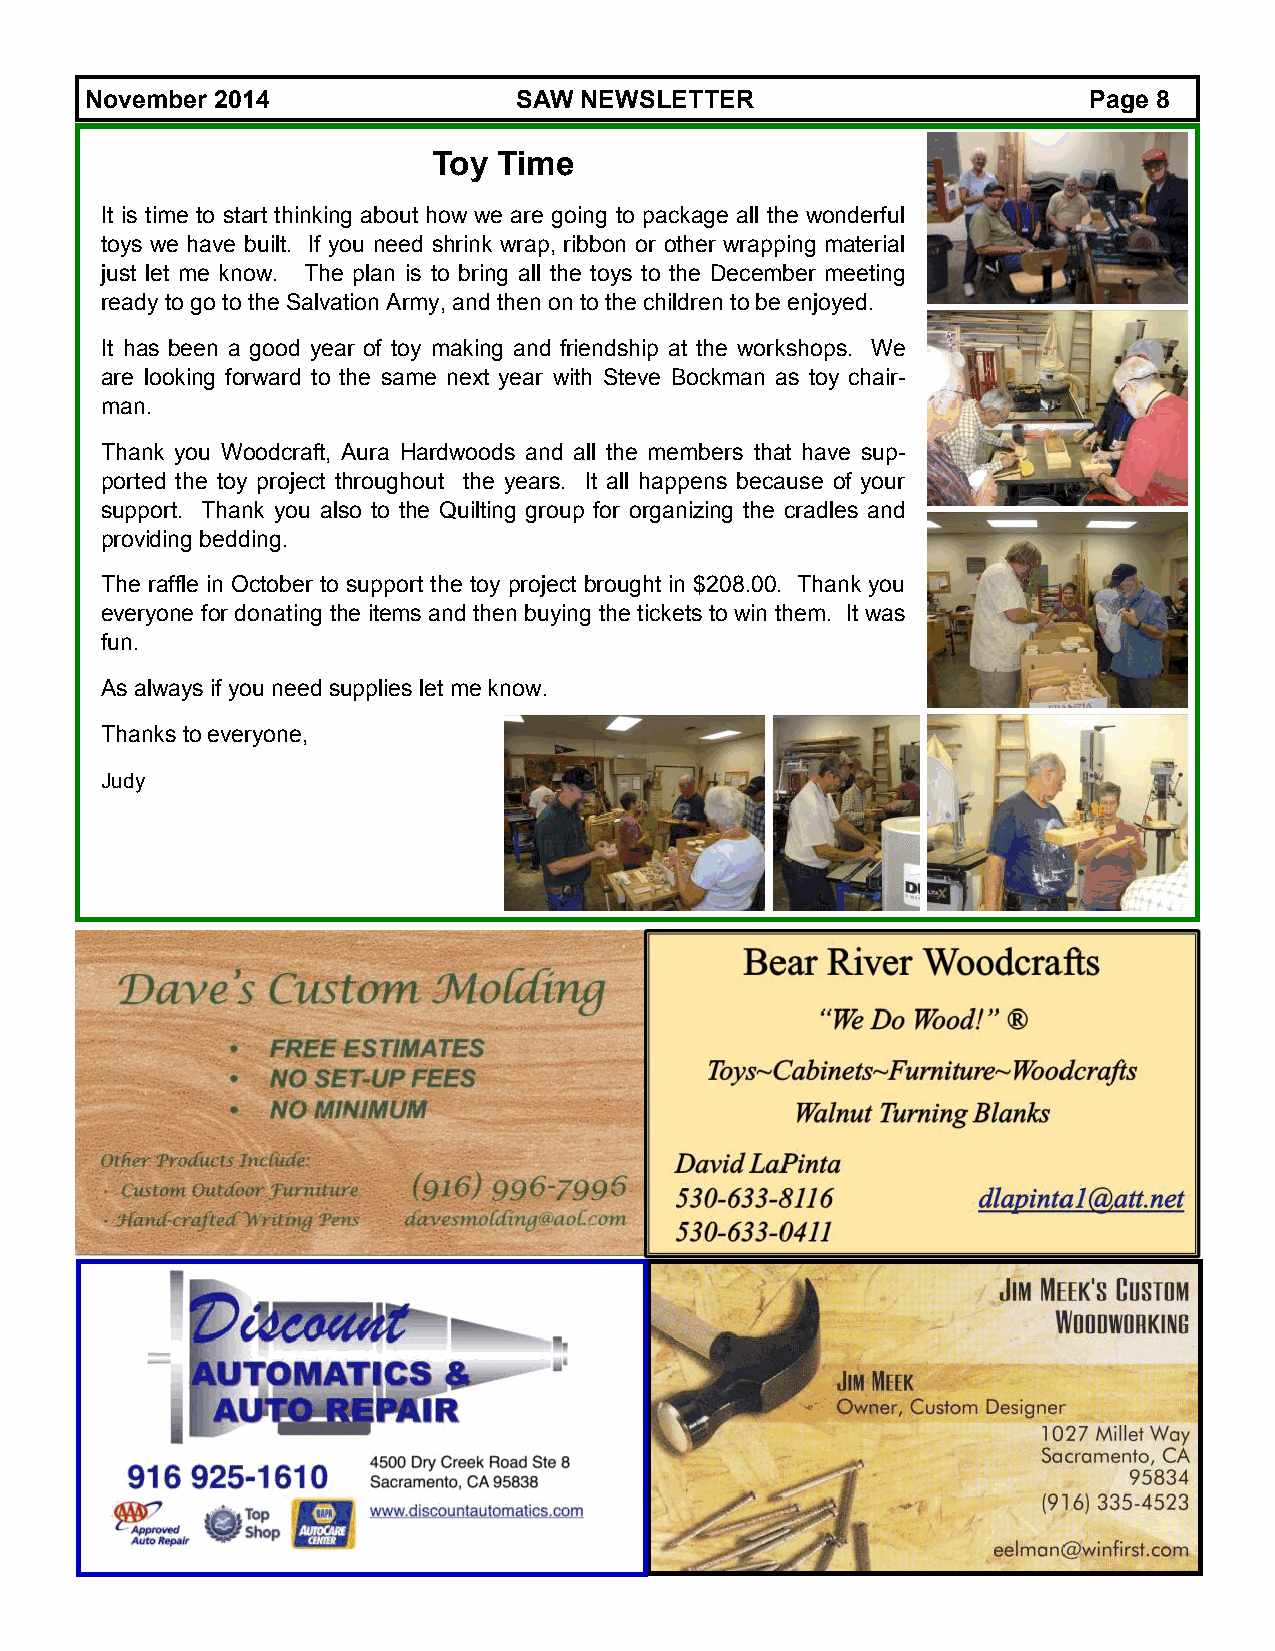
November 2014               SAW NEWSLETTER                        Page 8
 Toy Time
 It is time to start thinking about how we are going to package all the wonderful
 toys we have built. If you need shrink wrap, ribbon or other wrapping material
 just let me know. The plan is to bring all the toys to the December meeting
 ready to go to the Salvation Army, and then on to the children to be enjoyed.
 It has been a good year of toy making and friendship at the workshops. We
 are looking forward to the same next year with Steve Bockman as toy chair-
 man.
 Thank you Woodcraft, Aura Hardwoods and all the members that have sup-
 ported the toy project throughout the years. It all happens because of your
 support. Thank you also to the Quilting group for organizing the cradles and
 providing bedding.
 The raffle in October to support the toy project brought in $208.00. Thank you
 everyone for donating the items and then buying the tickets to win them. It was
 fun.
 As always if you need supplies let me know.
 Thanks to everyone,
 Judy